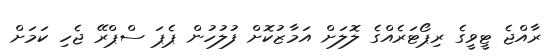
ރާއްޖެ ޓީވީގެ ރިޕޯޓަރެއްގެ ލޮލަށް އަމާޒުކޮށް ފުލުހުން ޕެޕަ ސްޕްރޭ ޖެހި ކަމަށް